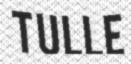
TULLE